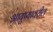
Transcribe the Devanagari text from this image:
आयुष्यावरील